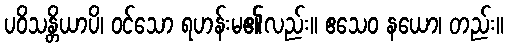
ပဝိသန္တိယာပိ၊ ဝင်သော ရဟန်းမ၏လည်း။ ဧသေဝ နယော၊ တည်း။